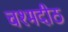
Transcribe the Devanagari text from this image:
चश्मदीठ